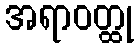
အရာဝတ္ထု